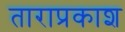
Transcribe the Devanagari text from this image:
ताराप्रकाश